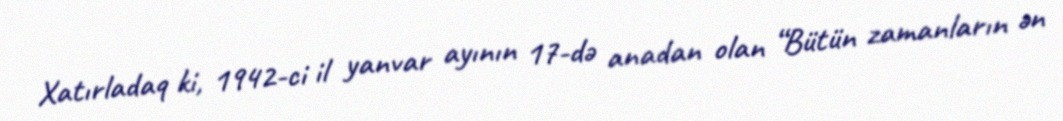
Xatırladaq ki, 1942-ci il yanvar ayının 17-də anadan olan “Bütün zamanların ən